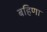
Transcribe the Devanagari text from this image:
बहिणा